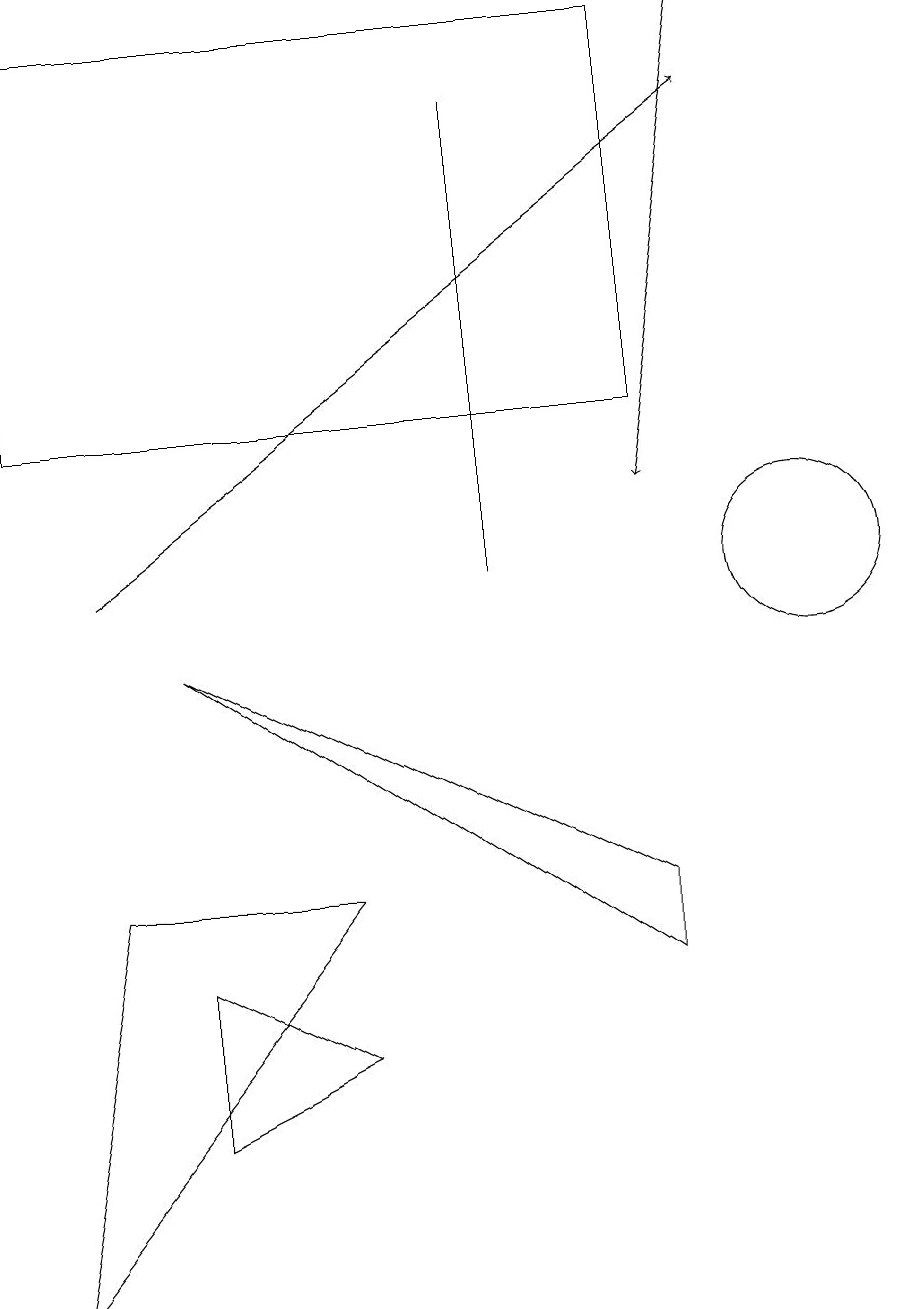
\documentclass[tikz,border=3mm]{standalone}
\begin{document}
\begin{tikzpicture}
\draw (4,6) -- (0,1) -- (1,6) -- cycle;
\draw[->] (9,17) -- (8,11);
\draw (8,12) rectangle (0,17);
\draw (2,9) -- (8,5) -- (8,6) -- cycle;
\draw[->] (1,10) -- (9,16);
\draw (10,10) circle (1);
\draw (2,3) -- (2,5) -- (4,4) -- cycle;
\draw (6,10) rectangle (6,16);
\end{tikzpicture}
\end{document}